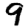
Digit: 9